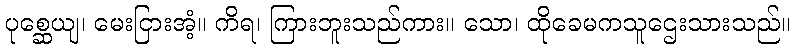
ပုစ္ဆေယျ၊ မေးငြားအံ့။ ကိရ၊ ကြားဘူးသည်ကား။ သော၊ ထိုခေမကသူဌေးသားသည်။